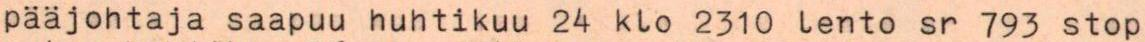
pääjohtaja saapuu huhtikuu 24 klo 2310 lento sr 793 stop